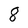
Character: 8